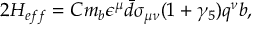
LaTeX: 2 H _ { e f f } = C m _ { b } \epsilon ^ { \mu } \bar { d } \sigma _ { \mu \nu } ( 1 + \gamma _ { 5 } ) q ^ { \nu } b ,